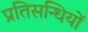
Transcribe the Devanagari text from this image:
प्रतिसन्धियों